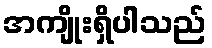
အကျိုးရှိပါသည်